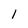
Character: 1